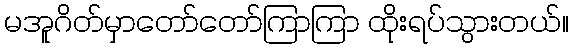
မအူဂိတ်မှာတော်တော်ကြာကြာ ထိုးရပ်သွားတယ်။